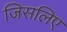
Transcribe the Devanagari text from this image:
जिसलिए